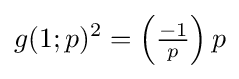
g(1;p)^{2}=\left({\tfrac {-1}{p}}\right)p